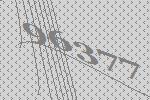
96377